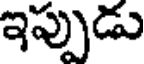
ఇప్పుడు